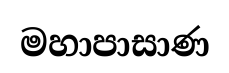
මහාපාසාණ